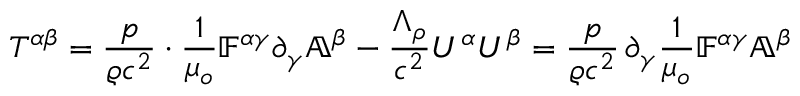
T ^ { \alpha \beta } = \frac { p } { \varrho c ^ { 2 } } \cdot \frac { 1 } { \mu _ { o } } \mathbb { F } ^ { \alpha \gamma } \partial _ { \gamma } \mathbb { A } ^ { \beta } - \frac { \Lambda _ { \rho } } { c ^ { 2 } } U ^ { \alpha } U ^ { \beta } = \frac { p } { \varrho c ^ { 2 } } \, \partial _ { \gamma } \frac { 1 } { \mu _ { o } } \mathbb { F } ^ { \alpha \gamma } \mathbb { A } ^ { \beta }